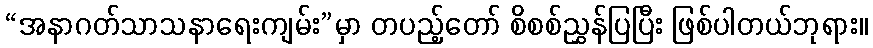
“အနာဂတ်သာသနာရေးကျမ်း”မှာ တပည့်တော် စိစစ်ညွှန်ပြပြီး ဖြစ်ပါတယ်ဘုရား။